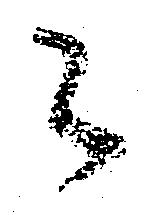
々